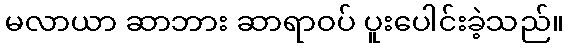
မလာယာ ဆာဘား ဆာရာဝပ် ပူးပေါင်းခဲ့သည်။